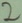
Text: 2